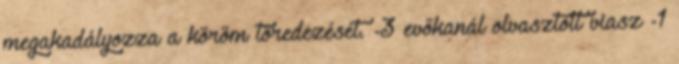
megakadályozza a köröm töredezését. -3 evőkanál olvasztott viasz -1